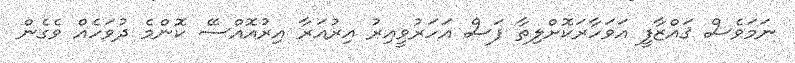
ނަމަވެސް ޤައްޒާފީ އަވަހާރަކޮށްލިތާ ފަސް އަހަރުވީއިރު އިރުއަރާ އިރުއޮއްސޭ ކޮންމެ ދުވަހެއް ވެގެން